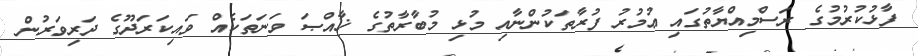
ފާޅުކުރުމުގެ ރަސްމިއްޔާތުގައި ޢުމުރު ފުރާތަކުންނާއި މުޅި މުބާރާތުގެ ޚާއްޞަ ވަނަތަކެއް ވައިކަރަދޫގެ ދަރިވަރުން